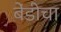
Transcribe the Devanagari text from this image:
बेंडीचा